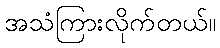
အသံကြားလိုက်တယ်။